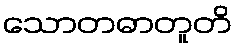
သောတဓာတူတိ